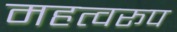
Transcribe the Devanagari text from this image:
महत्वरूप